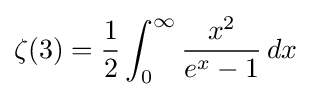
\zeta (3)={\frac {1}{2}}\int _{0}^{\infty }{\frac {x^{2}}{e^{x}-1}}\,dx